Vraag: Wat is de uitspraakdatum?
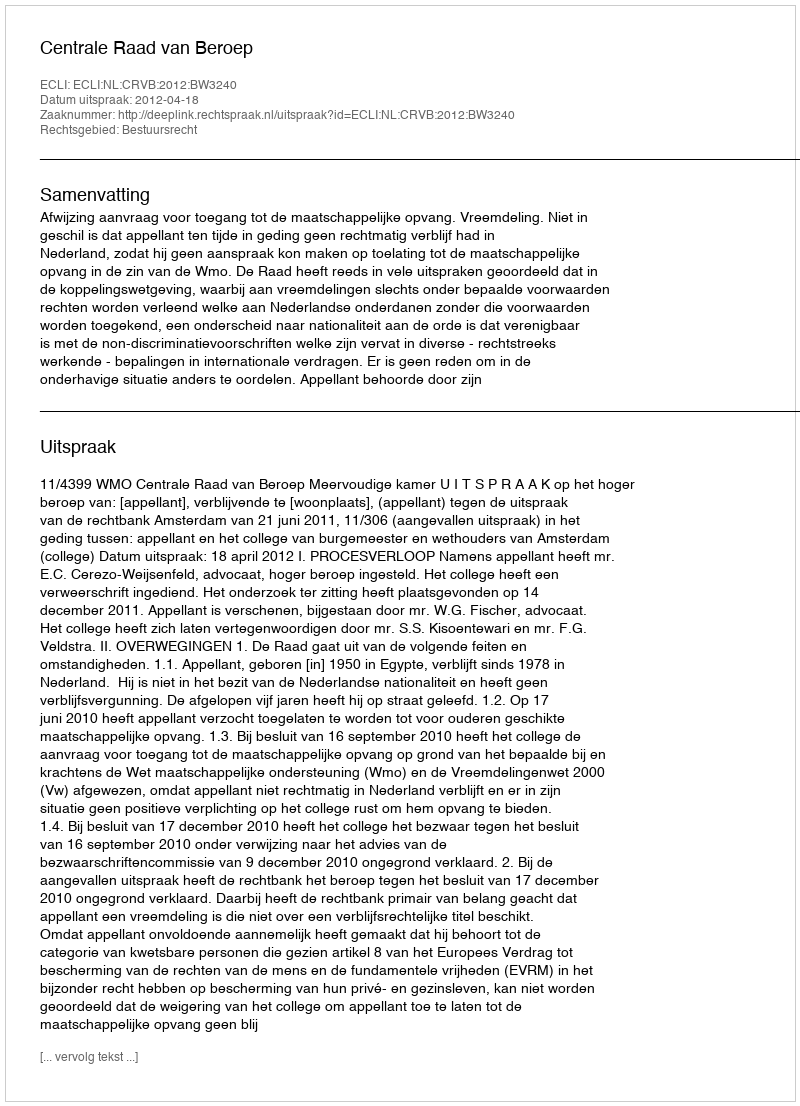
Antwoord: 2012-04-18